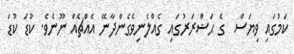
ކަމުގައި ވިޔަސް  ގެ ޙަޟްރަރުގައި ގެއްލެނިވެގެންދާނޭ އެއްޗެއް ނޫނެވެ. ކުޑަ ކުޑަ